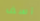
آسف